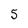
Character: 5